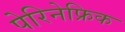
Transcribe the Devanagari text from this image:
पेरिनेफ्रिक